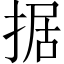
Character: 据